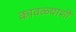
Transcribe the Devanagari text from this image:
कावळ्याशी